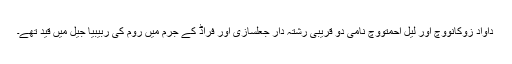
داواد زوکانووِچ اور لیل احمتووِچ نامی دو قریبی رشتہ دار جعلسازی اور فراڈ کے جرم میں روم کی ربیبیا جیل میں قید تھے۔